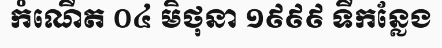
កំណើត ០៤ មិថុនា ១៩៩៩ ទីកន្លែង